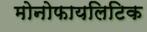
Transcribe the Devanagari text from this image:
मोनोफायलिटिक